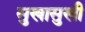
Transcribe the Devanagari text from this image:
सुखासुखी